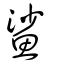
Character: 鯊